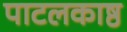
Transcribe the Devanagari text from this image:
पाटलकाष्ठ